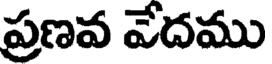
ప్రణవ వేదము